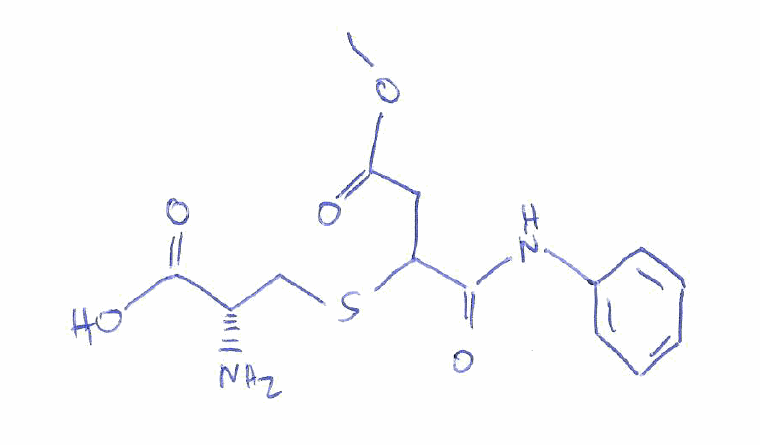
Simplified molecular-input line-entry system (SMILES) notation of the given molecule:
COC(=O)CC(C(=O)NC1=CC=CC=C1)SC[C@@H](C(=O)O)N